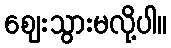
ဈေးသွားမလို့ပါ။